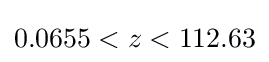
0.0655<z<112.63